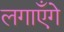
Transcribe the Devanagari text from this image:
लगाएँगे